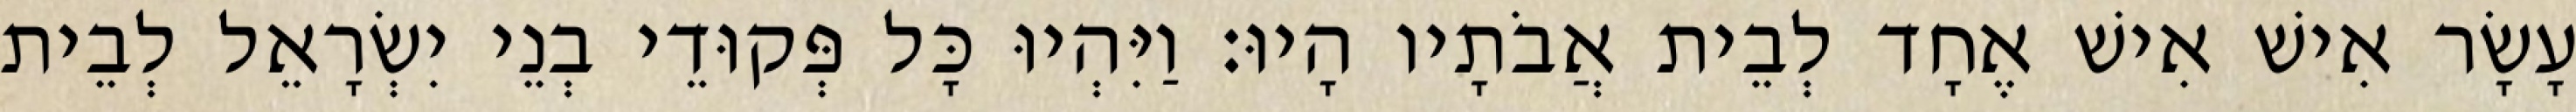
עָשָׂר אִישׁ אִישׁ אֶחָד לְבֵית אֲבֹתָיו הָיוּ׃ וַיִּהְיוּ כָּל פְּקוּדֵי בְנֵי יִשְׂרָאֵל לְבֵית